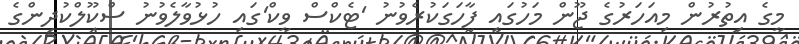
މީގެ އިތުރުން މިއަހަރުގެ ޖޫން މަހުގައި ފާހަގަކުރެވުނު 'ޓެކްސް ވީކް'ގައި ހުޅުވާލެވުނު ސްކޫލްކުދިންގެ